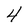
Character: 4